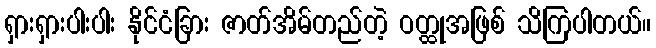
ရှားရှားပါးပါး နိုင်ငံခြား ဇာတ်အိမ်တည်တဲ့ ဝတ္ထုအဖြစ် သိကြပါတယ်။